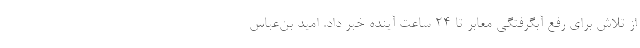
از تلاش برای رفع آبگرفتگی معابر تا ۲۴ ساعت آینده خبر داد. امید بن‌عباس